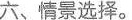
六、情景选择。